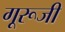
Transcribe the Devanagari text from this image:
गूरूजी